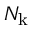
N _ { \mathrm { k } }